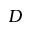
D